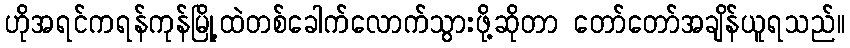
ဟိုအရင်ကရန်ကုန်မြို့ထဲတစ်ခေါက်လောက်သွားဖို့ဆိုတာ တော်တော်အချိန်ယူရသည်။